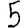
Digit: 5